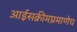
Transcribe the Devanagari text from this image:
आईसक्रीमप्रमाणेच